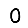
Digit: 0